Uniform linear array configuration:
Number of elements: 24
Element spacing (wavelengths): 1
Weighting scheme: blackman
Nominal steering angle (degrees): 30
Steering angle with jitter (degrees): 29.729
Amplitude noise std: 0.05
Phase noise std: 0.05

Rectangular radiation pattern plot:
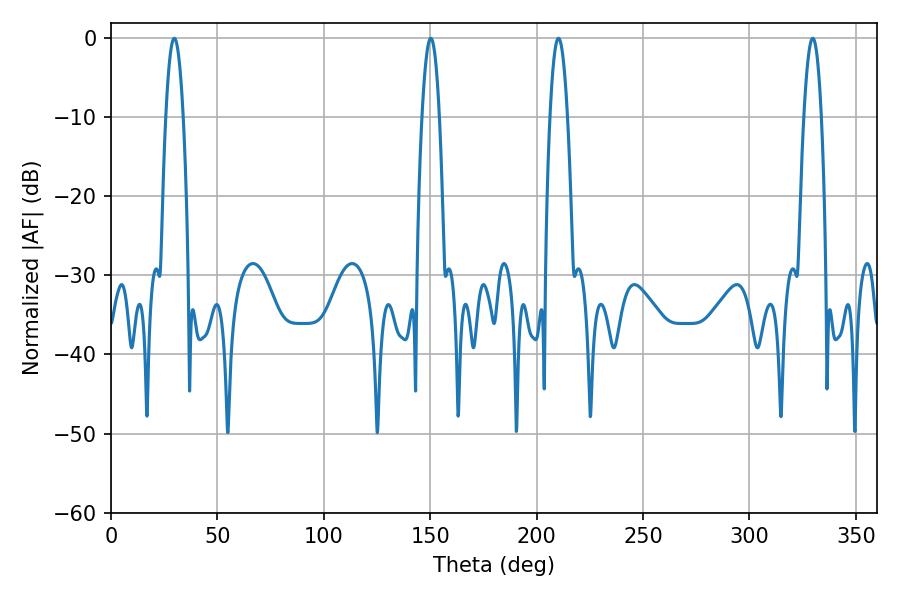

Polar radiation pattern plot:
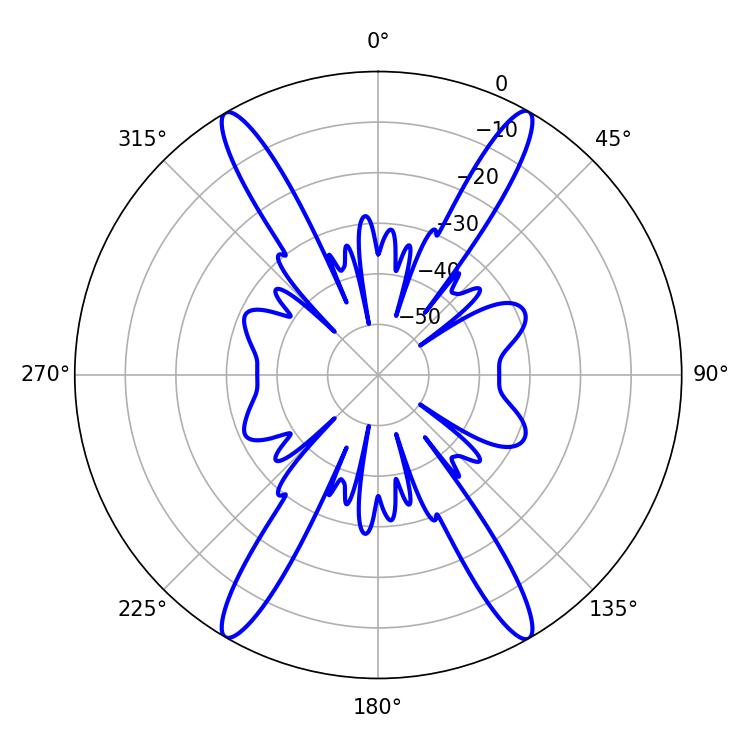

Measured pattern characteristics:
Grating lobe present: TRUE
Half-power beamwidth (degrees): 4.5
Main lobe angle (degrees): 210.24